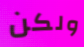
ولكن